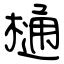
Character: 樋